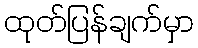
ထုတ်ပြန်ချက်မှာ